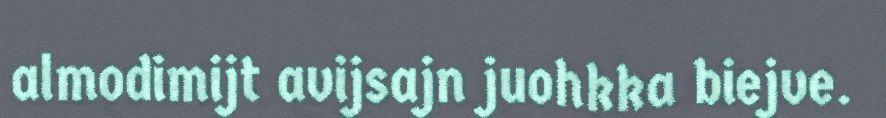
almodimijt avijsajn juohkka biejve.